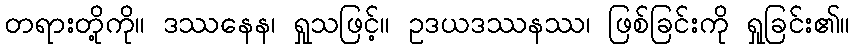
တရားတို့ကို။ ဒဿနေန၊ ရှုသဖြင့်။ ဥဒယဒဿနဿ၊ ဖြစ်ခြင်းကို ရှုခြင်း၏။